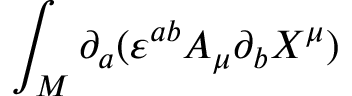
\int _ { \cal M } \partial _ { a } ( \varepsilon ^ { a b } A _ { \mu } \partial _ { b } X ^ { \mu } )